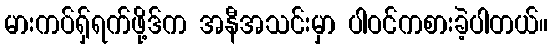
မားကပ်ရှ်ရက်ဖို့ဒ်က အနီအသင်းမှာ ပါဝင်ကစားခဲ့ပါတယ်။